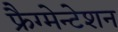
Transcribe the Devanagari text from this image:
फ्रैग्मेन्टेशन